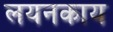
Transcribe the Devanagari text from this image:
लयनकाय